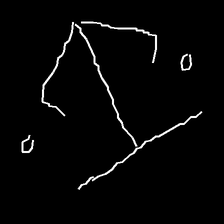
Glyph: earth